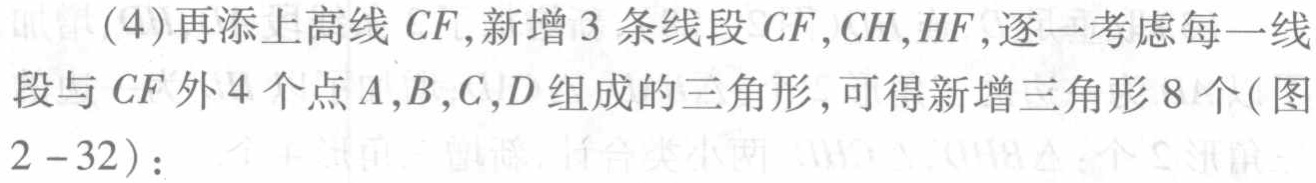
(4)再添上高线 \(CF\)，新增 \(3\) 条线段 \(CF,CH,HF\)，逐一考虑每一线段与 \(CF\) 外 \(4\) 个点 \(A,B,C,D\) 组成的三角形，可得新增三角形 \(8\) 个(图 \(2 - 32\))：